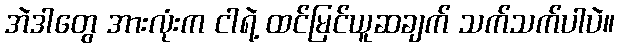
အဲဒါတွေ အားလုံးက ငါရဲ့ ထင်မြင်ယူဆချက် သက်သက်ပါပဲ။